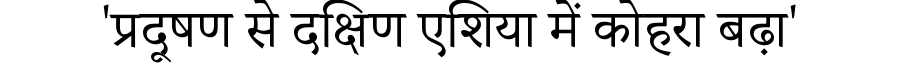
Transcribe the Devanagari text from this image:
'प्रदूषण से दक्षिण एशिया में कोहरा बढ़ा'